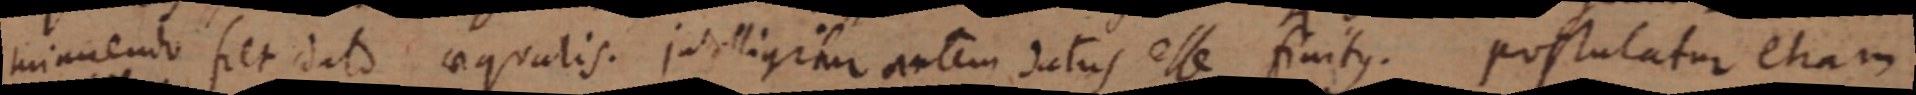
minuendo fiet dato aequalis. intelligitur autem datus esse finitus. postulatur etiam